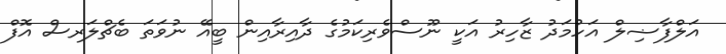
އަލްފާޟިލް އަހުމަދު ޒާހިރު އަކީ ނޫސްވެރިކަމުގެ ދާއިރާއިން ބީއޭ ނުވަތަ ބެޗްލަރސް އޮފް